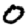
Digit: 0